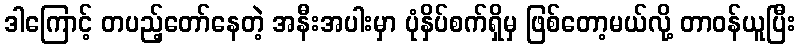
ဒါကြောင့် တပည့်တော်နေတဲ့ အနီးအပါးမှာ ပုံနှိပ်စက်ရှိမှ ဖြစ်တော့မယ်လို့ တာဝန်ယူပြီး